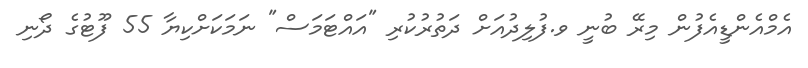
އެމްއެންޑީއެފުން މިރޭ ބުނީ ވ.ފުލިދުއަށް ދަތުރުކުރި "އައްޓަމަސް" ނަމަކަށްކިޔާ 55 ފޫޓުގެ ދޯނި